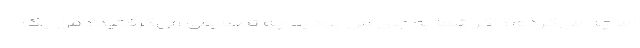
اما چه می‌کردم؟ اگر شما به جای من بودید چه تصمیمی می‌گرفتید؟ من یک